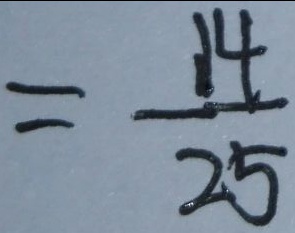
= - \frac { 1 4 } { 2 5 }